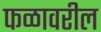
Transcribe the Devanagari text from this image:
फळावरील